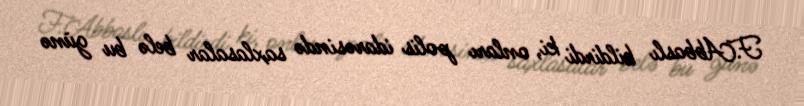
F.Abbaslı bildirdi ki, onları polis idarəsində saxlasalar belə bu günə